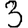
Digit: 3